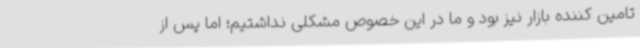
تامین کننده بازار نیز بود و ما در این خصوص مشکلی نداشتیم؛ اما پس از